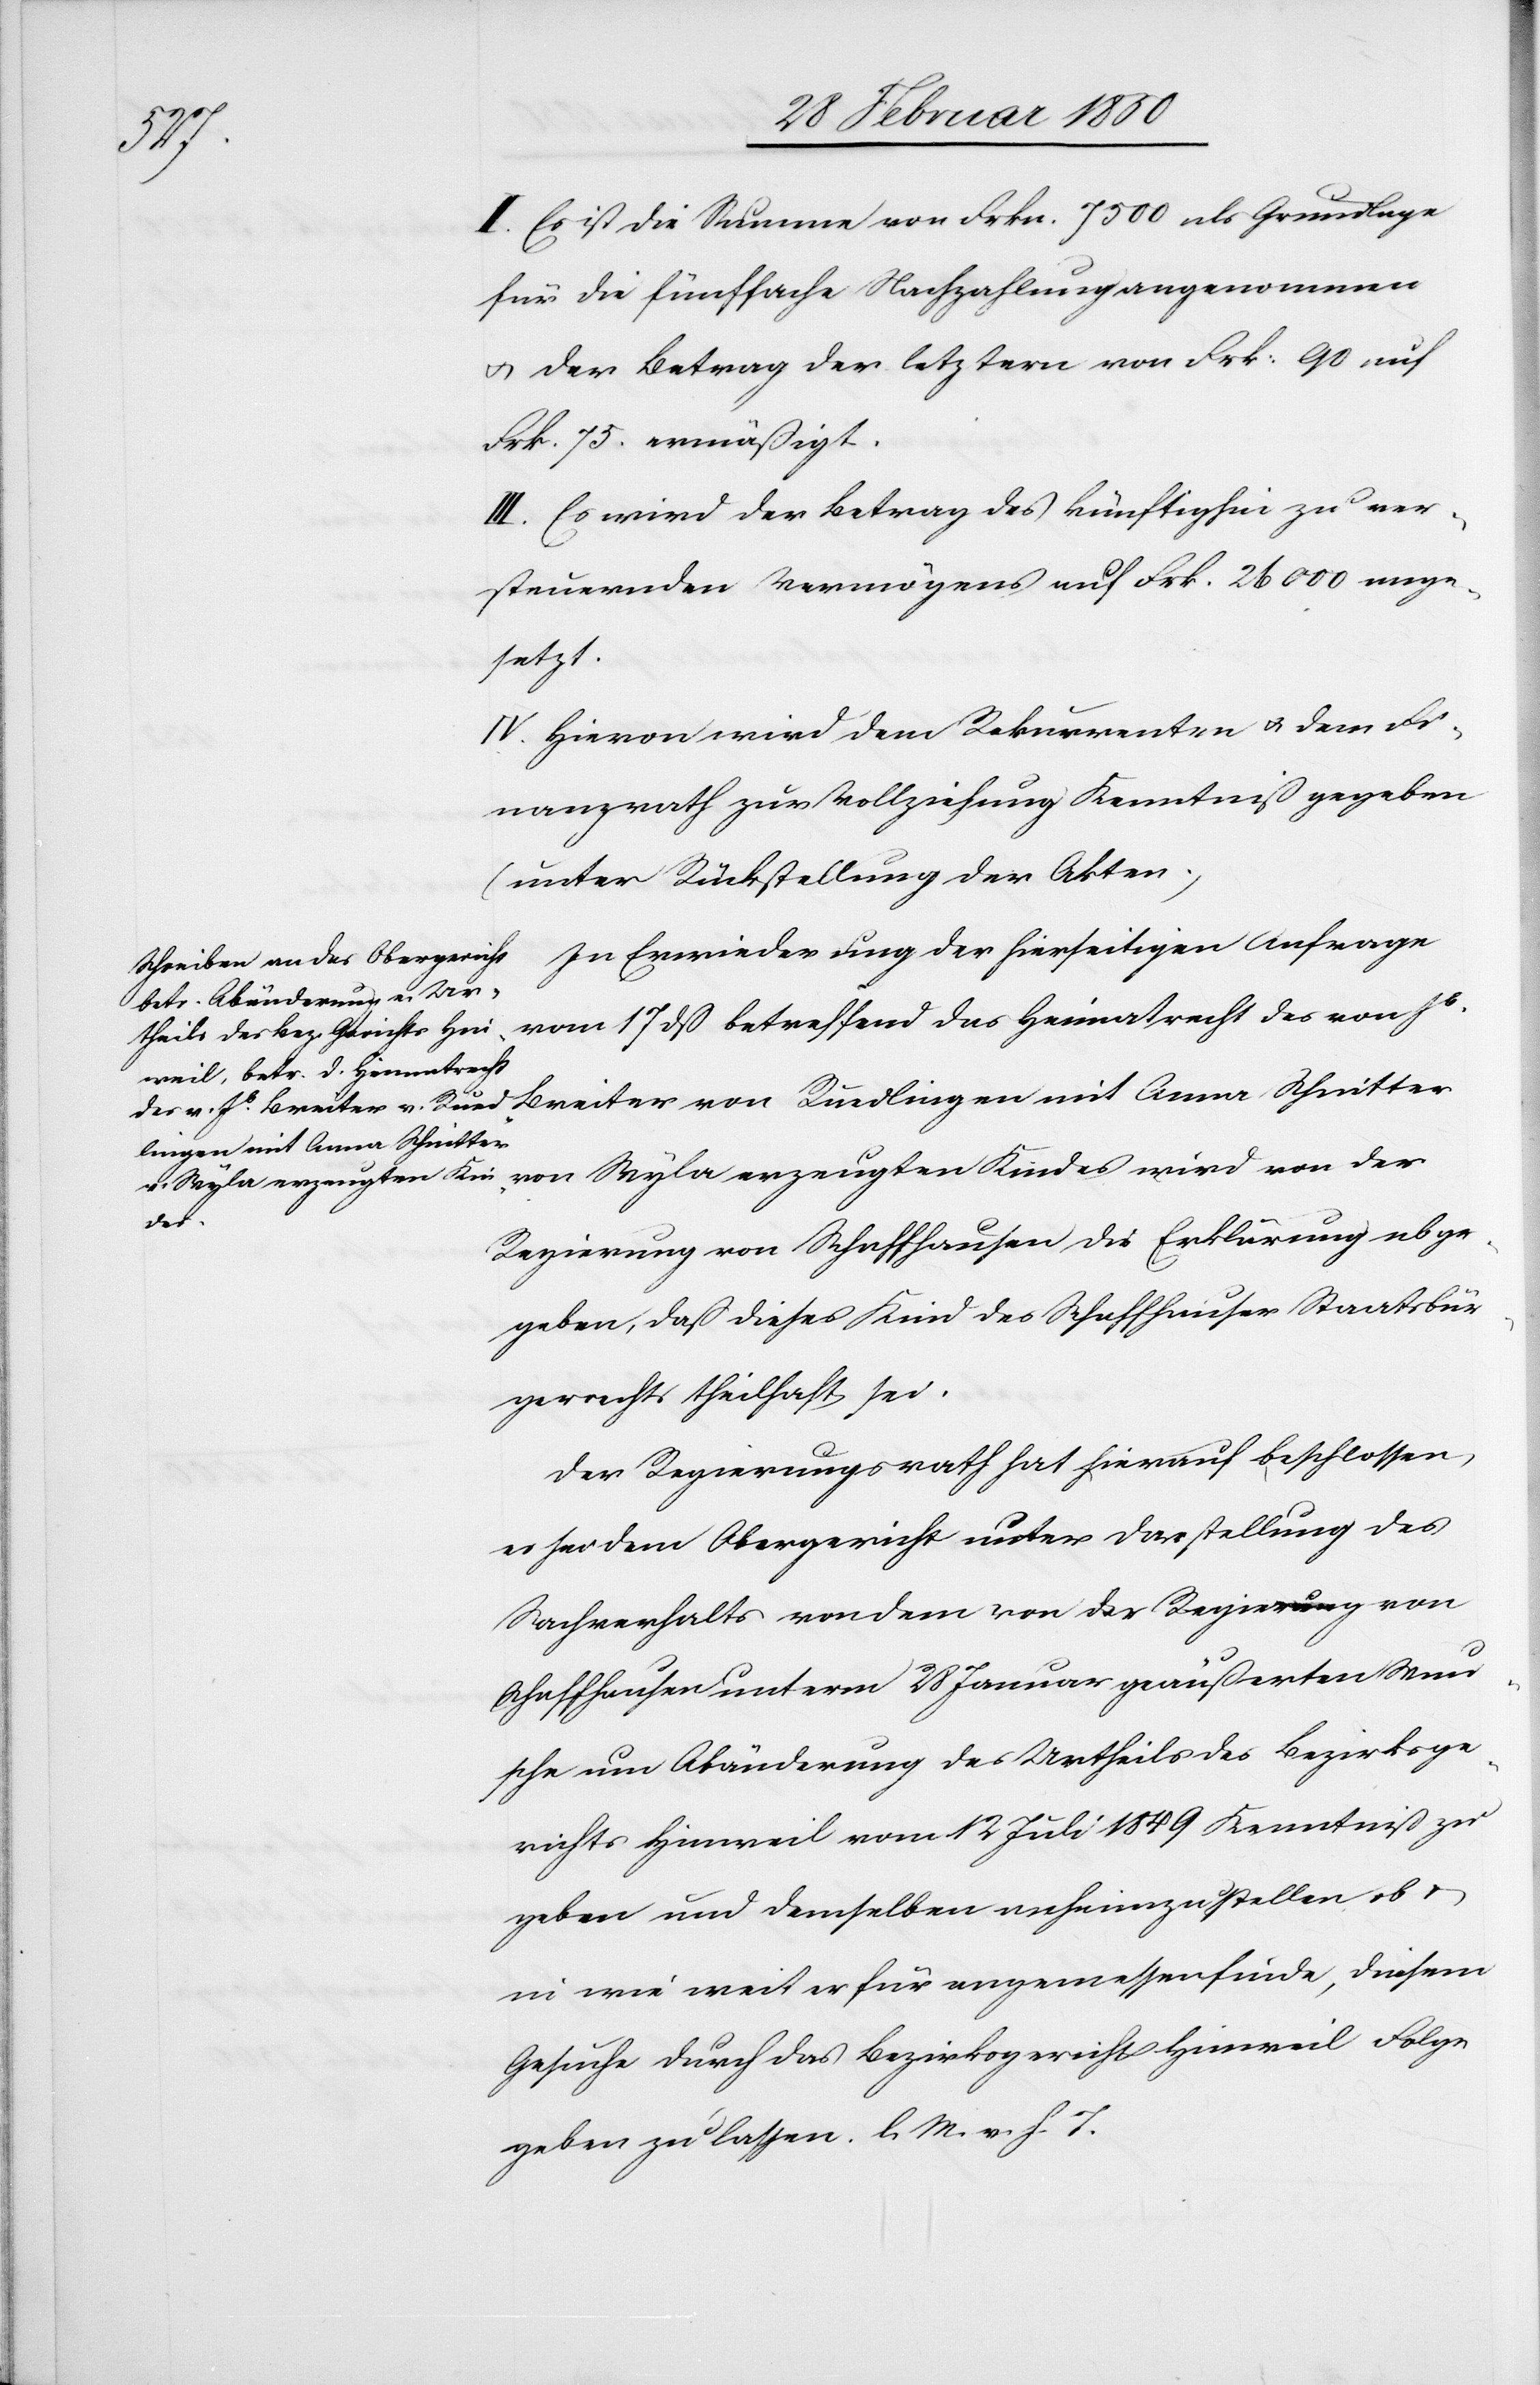
II. Es ist die Summe von Frkn. 7500 als Grundlage
für die fünffache Nachzahlung angenommen
u. der Betrag der letzten von Frk: 90 auf
Frk. 75. ermäßigt.
III. Es wird der Betrag des künftighin zu ver¬
steuernden Vermögens auf Frk. 26000 ange¬
setzt.
IV. Hievon wird dem Rekurrenten u. dem Fi¬
nanzrath zur Vollziehung Kenntniß gegeben
(unter Rückstellung der Akten)
In Erwiederung der hierseitigen Anfrage
vom 17 dß betreffend das Heimatrecht des von Js
lingen mit Anna Schnitter
Rüed¬
Regierung von Schaffhausen die Erklärung abge¬
geben, daß dieses Kind des Schaffhauser Staatsbür¬
gerrechts theilhaft sei.
Der Regierungsrath hat hierauf beschlossen,
es sei dem Obergericht unter Darstellung des
Sachverhalts von dem von der Regierung von
Schaffhausen unterm 28 Januar geäußerten Wun¬
sche um Abänderung des Urtheils des Bezirksge¬
richts Hinweil vom 12 Juli 1849 Kenntniß zu
geben und demselben anheimzustellen, ob u.
in wie weit er für angemessen finde, diesem
Gesuche durch das Bezirksgericht Hinweil Folge
geben zu lassen. l. M. v. h. T.